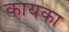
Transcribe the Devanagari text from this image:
कायका